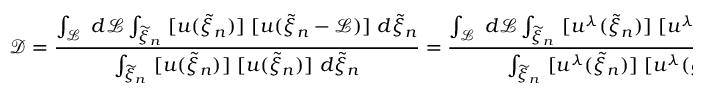
\mathcal { D } = \frac { \int _ { \mathcal { L } } ~ d \mathcal { L } \int _ { \widetilde { \xi } _ { n } } ~ [ u ( \widetilde { \xi } _ { n } ) ] ~ [ u ( \widetilde { \xi } _ { n } - \mathcal { L } ) ] ~ d \widetilde { \xi } _ { n } } { \int _ { \widetilde { \xi } _ { n } } ~ [ u ( \widetilde { \xi } _ { n } ) ] ~ [ u ( \widetilde { \xi } _ { n } ) ] ~ d \widetilde { \xi } _ { n } } = \frac { \int _ { \mathcal { L } } ~ d \mathcal { L } \int _ { \widetilde { \xi } _ { n } } ~ [ u ^ { \lambda } ( \widetilde { \xi } _ { n } ) ] ~ [ u ^ { \lambda } ( \widetilde { \xi } _ { n } - \mathcal { L } ) ] ~ d \widetilde { \xi } _ { n } } { \int _ { \widetilde { \xi } _ { n } } ~ [ u ^ { \lambda } ( \widetilde { \xi } _ { n } ) ] ~ [ u ^ { \lambda } ( \widetilde { \xi } _ { n } ) ] ~ d \widetilde { \xi } _ { n } }